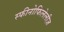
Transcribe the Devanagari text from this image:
स्फीनोफिलेलीज़